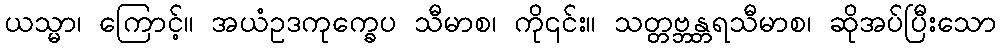
ယသ္မာ၊ ကြောင့်။ အယံဥဒကုက္ခေပ သီမာစ၊ ကို၎င်း။ သတ္တဗ္ဘန္တရသီမာစ၊ ဆိုအပ်ပြီးသော